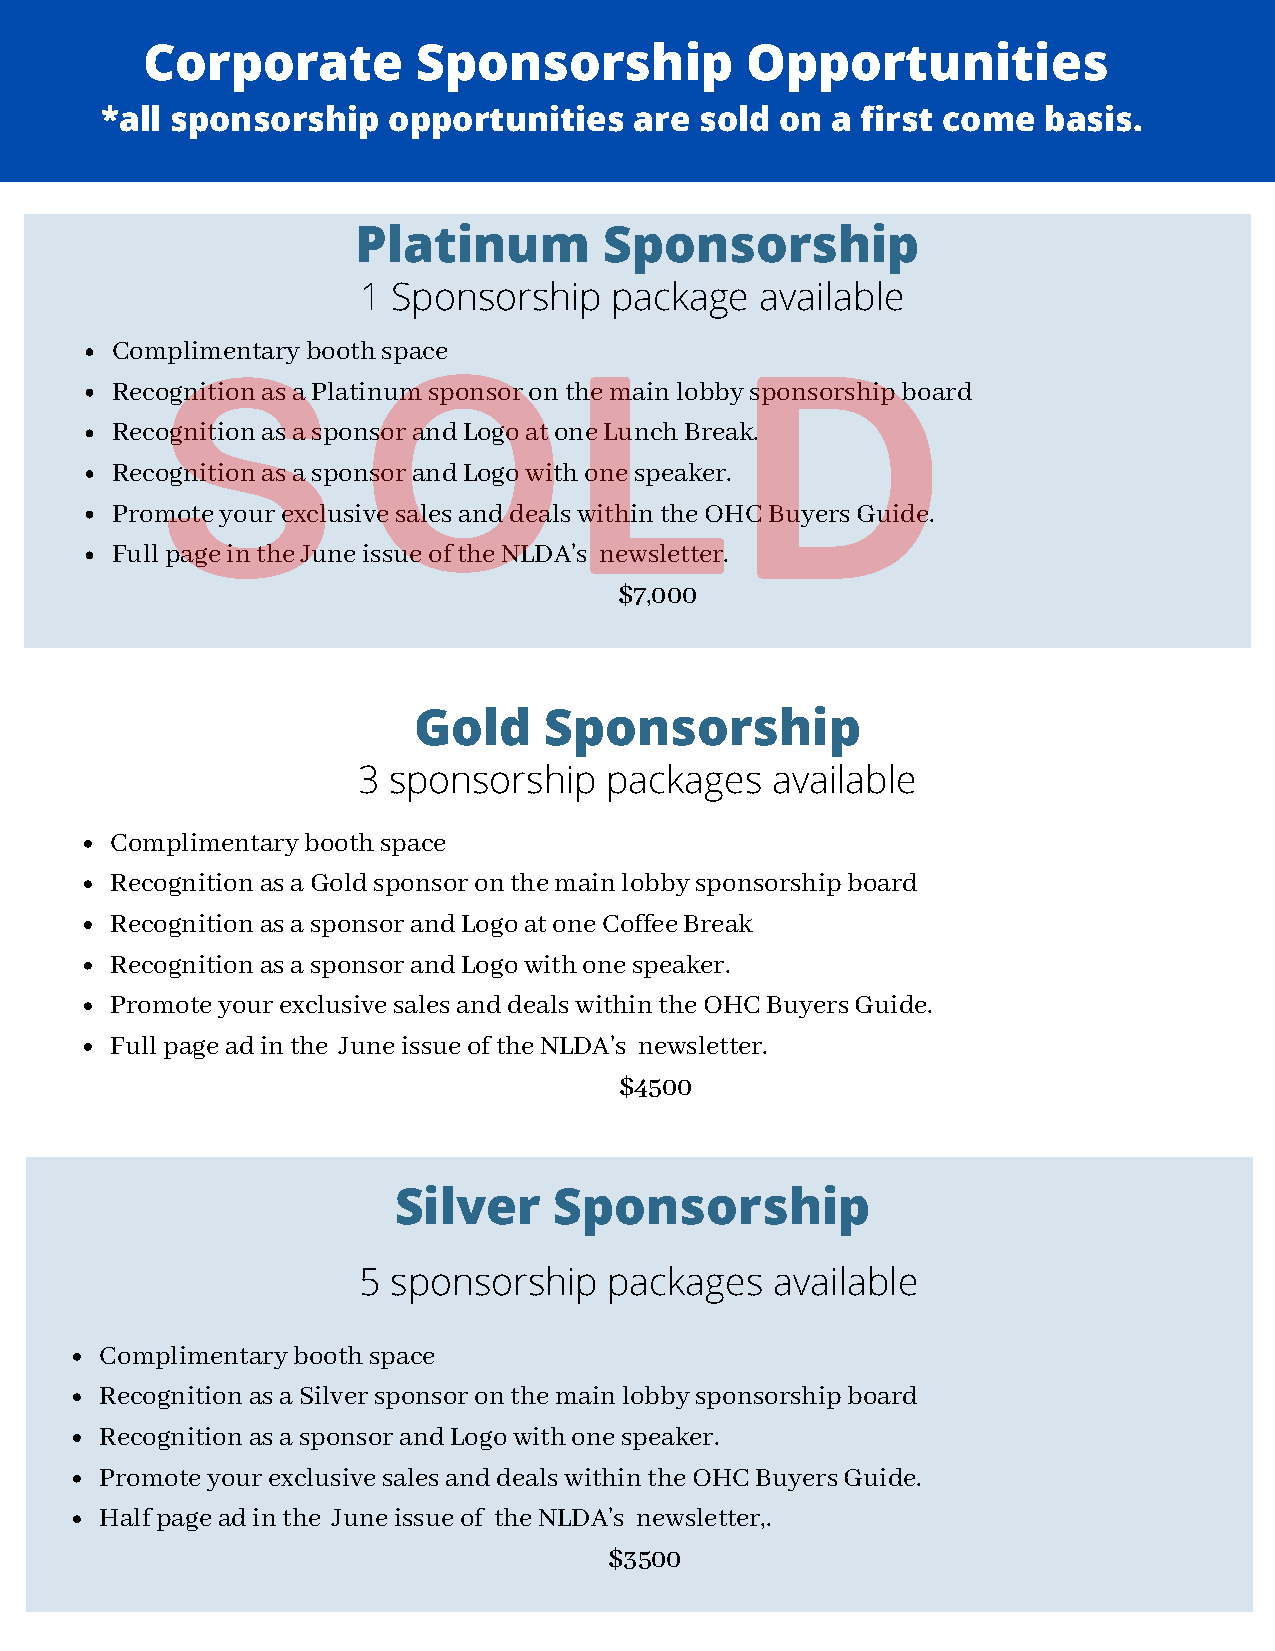
Corporate          Sponsorship          Opportunities
 Exhibitors            Booth       Package
 *all sponsorship   opportunities   are sold  on a first come  basis.
 Platinum        Sponsorship
 1 Sponsorship    package  available
 Complimentary booth space
 Recognition as a Platinum sponsor on the main lobby sponsorship board
 Recognition as a sponsor and Logo at one Lunch Break.
 Recognition as a sponsor and Logo with one speaker.
 Promote your exclusive sales and deals within the OHC Buyers Guide.
 Full page in the June issue of the NLDA's newsletter.
 $7,000
 Gold     Sponsorship
 3 sponsorship   packages   available
 Complimentary booth space
 Recognition as a Gold sponsor on the main lobby sponsorship board
 Recognition as a sponsor and Logo at one Coffee Break
 Recognition as a sponsor and Logo with one speaker.
 Promote your exclusive sales and deals within the OHC Buyers Guide.
 Full page ad in the June issue of the NLDA's newsletter.
 $4500
 Silver     Sponsorship
 5 sponsorship   packages   available
 Complimentary booth space
 Recognition as a Silver sponsor on the main lobby sponsorship board
 Recognition as a sponsor and Logo with one speaker.
 Promote your exclusive sales and deals within the OHC Buyers Guide.
 Half page ad in the June issue of the NLDA's newsletter,.
 $3500